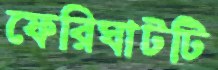
ফেরিঘাটটি